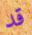
قد